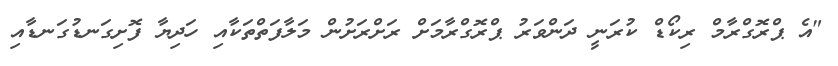
"އެ ޕްރޮގްރާމް ރިކޯޑް ކުރަނީ ދަންވަރު ޕްރޮގްރާމަށް ރަށްރަށުން މަލާފަތްތަކާއި ހަދިޔާ ފޮށިގަނޑުގަނޑާއި